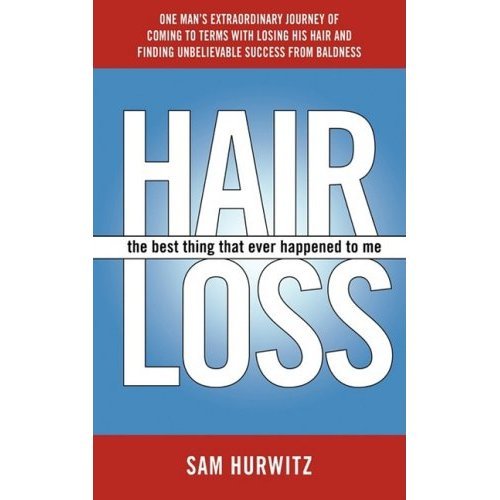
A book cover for Hair Loss: The Best Thing That Ever Happened to Me; Sam Hurwitz; Health, Fitness & Dieting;